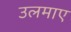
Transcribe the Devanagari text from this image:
उलमाए